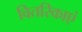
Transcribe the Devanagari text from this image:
वितरिकाएं